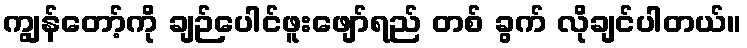
ကျွန်တော့်ကို ချဉ်ပေါင်ဖူးဖျော်ရည် တစ် ခွက် လိုချင်ပါတယ်။